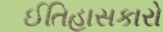
ઈતિહાસકારો